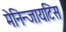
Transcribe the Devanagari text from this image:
मेनिन्जायटिस